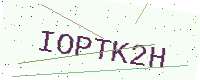
Text: IOPTK2H